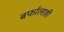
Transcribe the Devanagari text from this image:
बर्फालाही